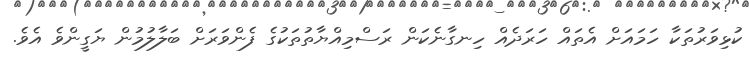
ކުޅިވަރުތަކާ ހަމައަށް އެތައް ހަރަދެއް ހިނގާނެކަން ރަސްމިއްޔާތުތަކުގެ ފެންވަރަށް ބަލާލުމުން ޔަގީންވެ އެވެ.